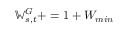
\mathbb { W } _ { s , t } ^ { G } + = 1 + W _ { m i n }